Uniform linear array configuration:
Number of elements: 32
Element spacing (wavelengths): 0.75
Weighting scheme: kaiser
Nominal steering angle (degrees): -45
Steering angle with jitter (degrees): -45.221
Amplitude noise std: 0.05
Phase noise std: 0.05

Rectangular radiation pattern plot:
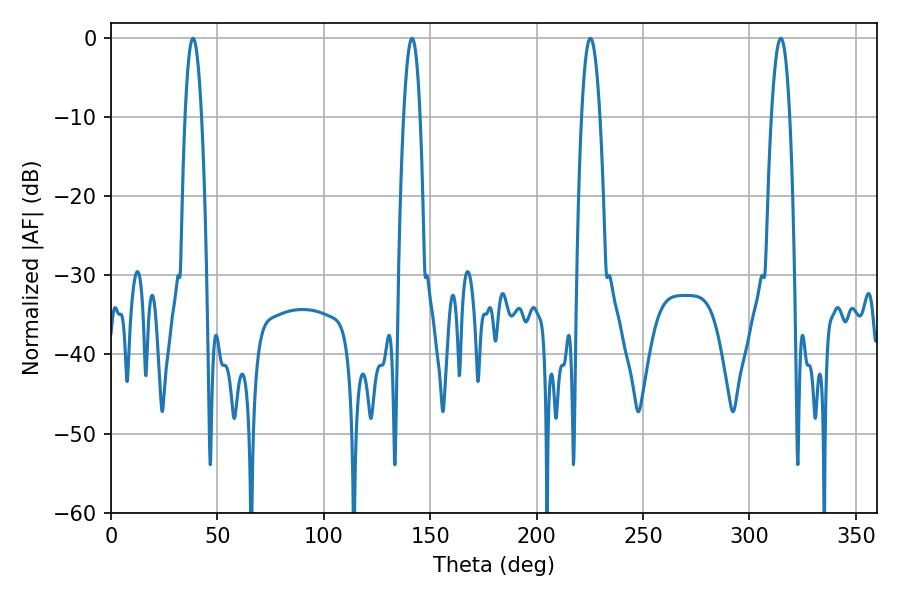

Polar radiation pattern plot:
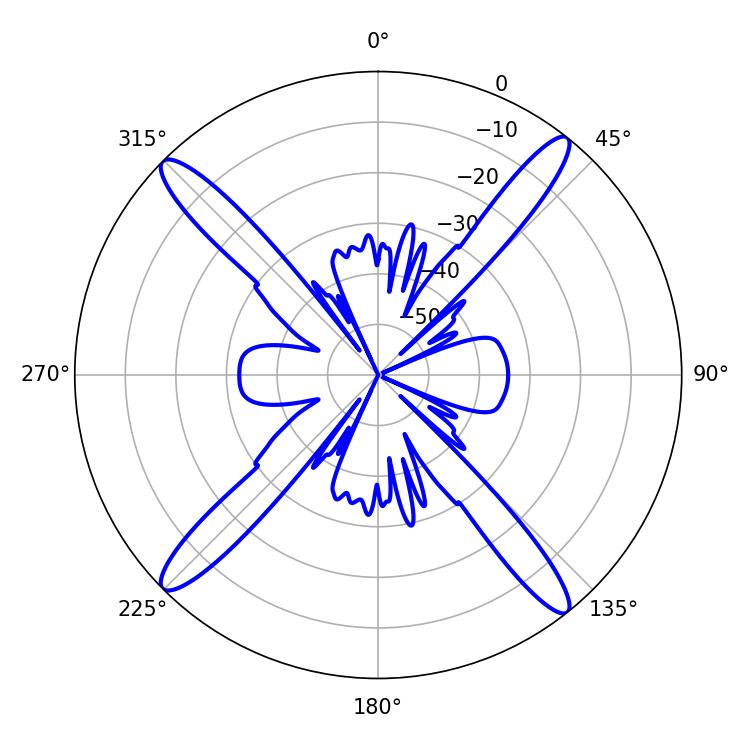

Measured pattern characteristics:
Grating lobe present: TRUE
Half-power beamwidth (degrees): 4.14
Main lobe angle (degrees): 38.52